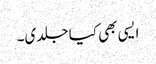
ایسی بھی کیا جلدی۔